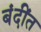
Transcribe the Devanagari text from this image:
बंदींत